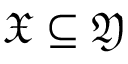
{ \mathfrak { X } } \subseteq { \mathfrak { Y } }